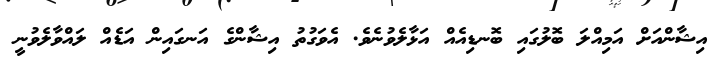
އިޝާންއަށް އަމިއްލަ ބޮލުގައި ބޮނޑިއެއް އަޅާލެވުނެވެ. އެވަގުތު އިޝާންގެ އަނގައިން އަޑެއް ލައްވާލެވުނީ